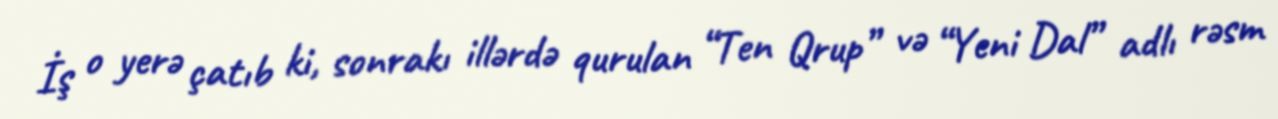
İş o yerə çatıb ki, sonrakı illərdə qurulan “Ten Qrup” və “Yeni Dal” adlı rəsm